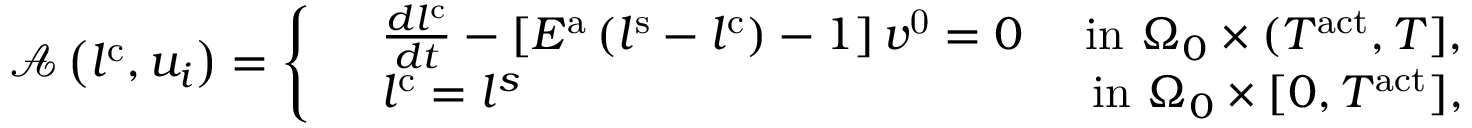
\mathcal { A } \left( l ^ { \mathrm { { c } } } , u _ { i } \right) = \left\{ \begin{array} { r l r } & { \frac { d l ^ { \mathrm { c } } } { d t } - \left[ E ^ { \mathrm { a } } \left( l ^ { \mathrm { s } } - l ^ { \mathrm { c } } \right) - 1 \right] v ^ { \mathrm { 0 } } = 0 } & { \mathrm { ~ i n ~ } \Omega _ { 0 } \times ( T ^ { \mathrm { a c t } } , T ] , } \\ & { l ^ { \mathrm { c } } = l ^ { s } } & { \mathrm { ~ i n ~ } \Omega _ { 0 } \times [ 0 , T ^ { \mathrm { a c t } } ] , } \end{array} \right.